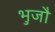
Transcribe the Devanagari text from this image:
भुजौ